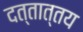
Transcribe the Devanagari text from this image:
दत्तात्तय